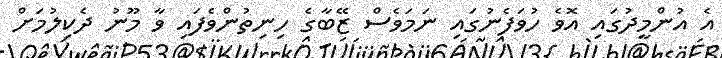
އެ އުންމީދުގައި އޮވެ ހުވަފެނުގައި ނަމަވެސް ޒޭބާގެ ހިނިތުންވެފައި ވާ މޫނު ދެކިލުމަށް